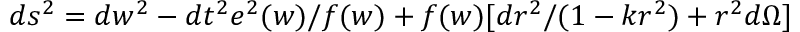
d s ^ { 2 } = d w ^ { 2 } - d t ^ { 2 } e ^ { 2 } ( w ) / f ( w ) + f ( w ) [ d r ^ { 2 } / ( 1 - k r ^ { 2 } ) + r ^ { 2 } d \Omega ]